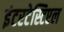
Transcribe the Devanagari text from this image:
इंटरटेस्टिएल